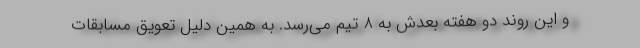
و این روند دو هفته بعدش به 8 تیم می‌رسد. به همین دلیل تعویق مسابقات